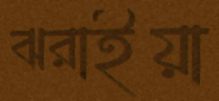
ঝরাইয়া